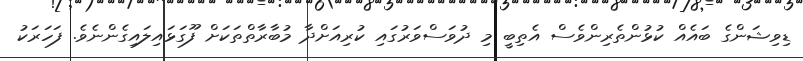
ޑިވިޝަންގެ ބައެއް ކުޅުންތެރިންވެސް އެތިބީ މި ދުވަސްވަރުގައި ކުރިއަށްދާ މުބާރާތްތަކަށް ފޫގަޅައިލައިގެންނެވެ. ފަހަރަކު